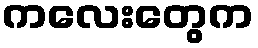
ကလေးတွေက